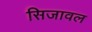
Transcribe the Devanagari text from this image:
सिजावल